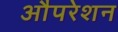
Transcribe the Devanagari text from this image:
औपरेशन